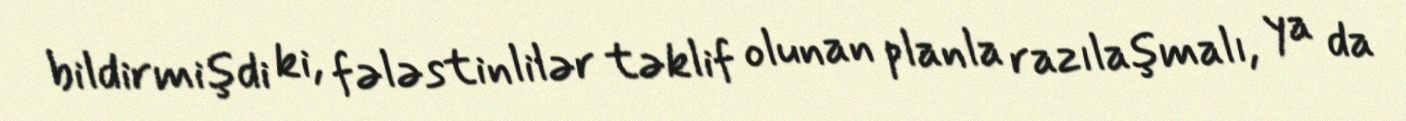
bildirmişdi ki, fələstinlilər təklif olunan planla razılaşmalı, ya da